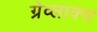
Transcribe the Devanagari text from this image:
ग्रेव्लाक्स